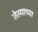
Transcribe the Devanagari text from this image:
तेल्याच्या